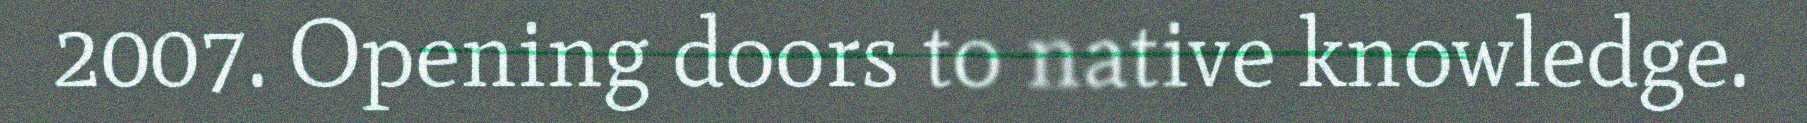
2007. Opening doors to native knowledge.